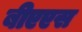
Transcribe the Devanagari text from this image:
बीएएस